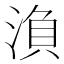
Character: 𭱘